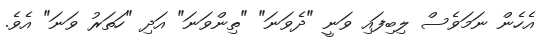
އެހެން ނަމަވެސް ލިބިފައި ވަނީ "ދެވަނަ" "ތިންވަނަ" އަދި "ހަތަރު ވަނަ" އެވެ.